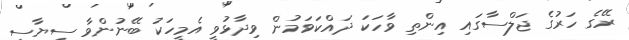
ރޭގެ ހަރުގެ ޖަލްސާގައި އިންތި ވާހަކަ ދައްކަވަމުން ވިދާޅުވީ އެމީހަކު ބޭނުންވާ ސިޔާސީ